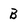
Character: B